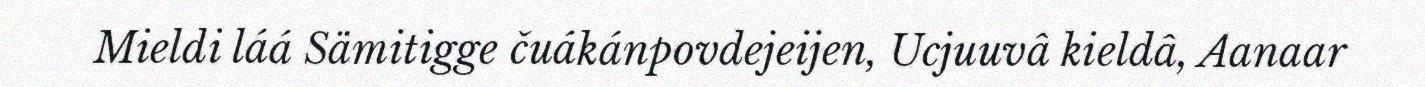
Mieldi láá Sämitigge čuákánpovdejeijen, Ucjuuvâ kieldâ, Aanaar